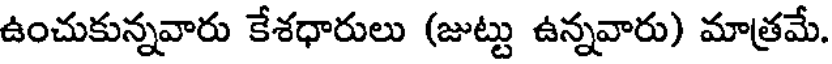
ఉంచుకున్నవారు కేశధారులు (జుట్టు ఉన్నవారు) మాత్రమే.